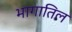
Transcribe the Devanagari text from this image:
भागातिल